Kassari_(Keina)_vallavalitsus, lk 73
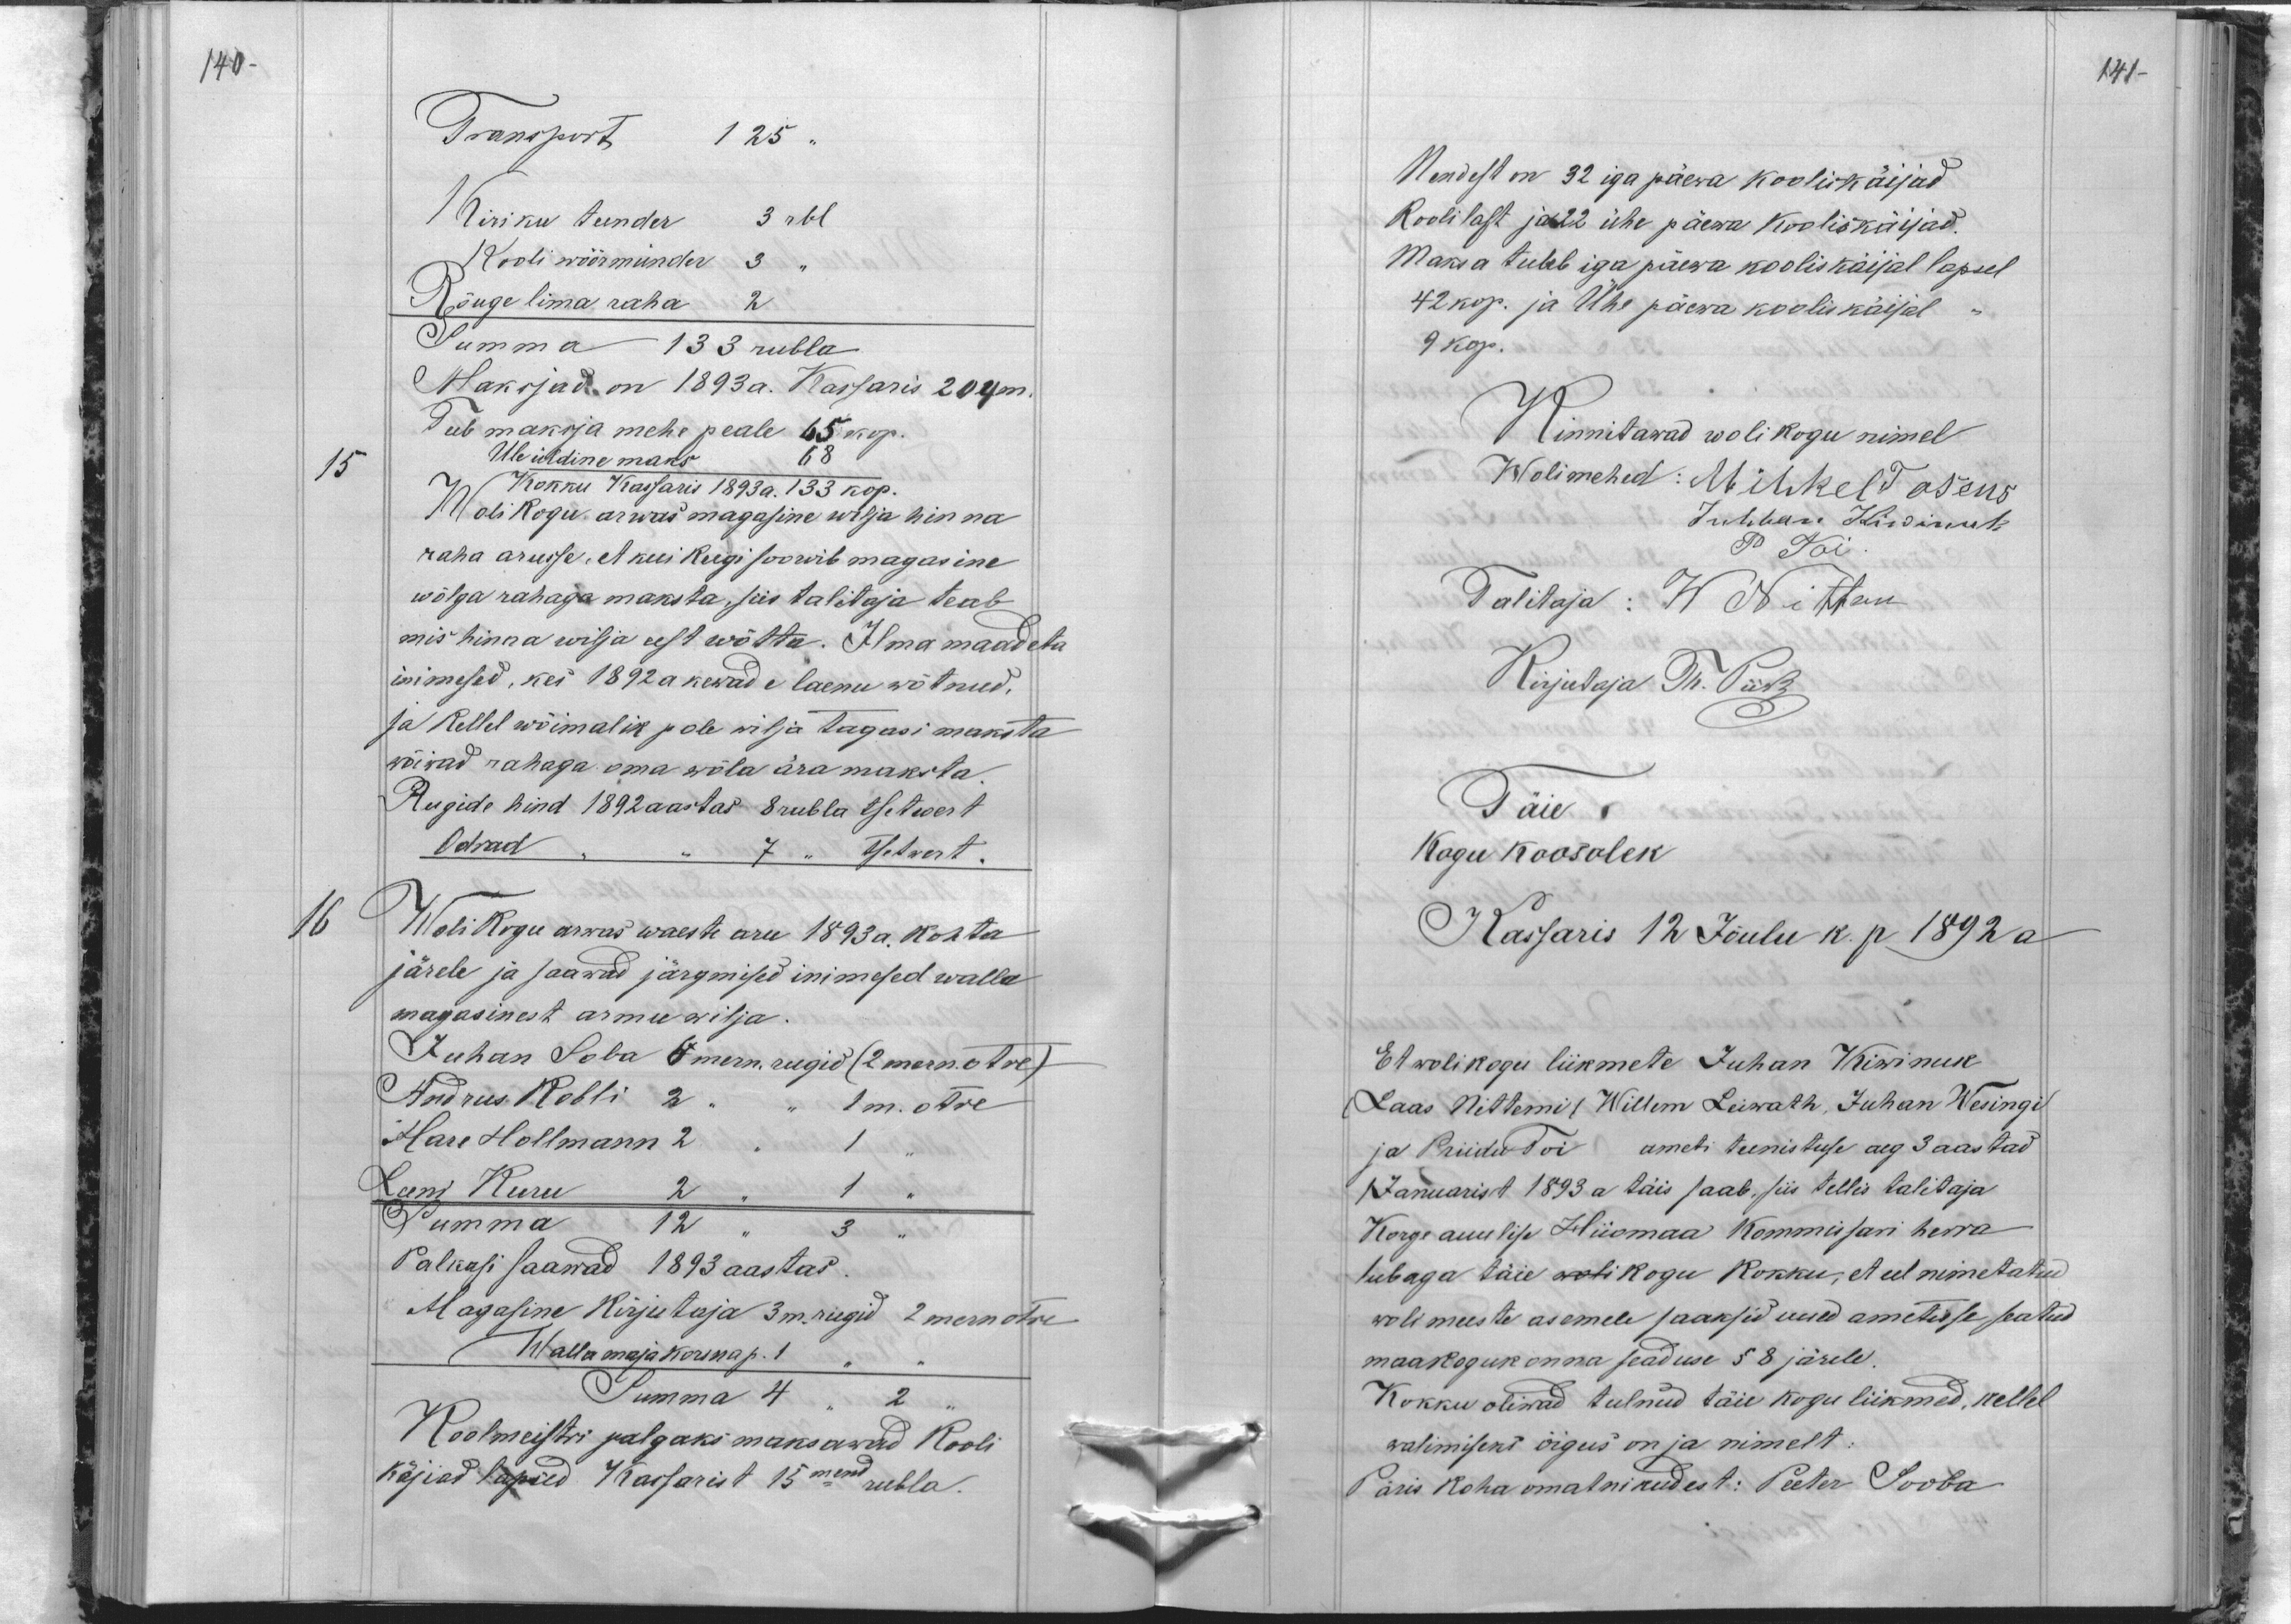
141-

140-
Transport 125 "
Kiriku teender 3 rbl
Kooli wöörmünder 3
Rõuge lima raha 2
Summa 133 rubla
Maksjad on 1893 a. Kassaris 204 m.
Teeb maksja mehe peale 65 kop.
15
Üle üldine maks 68
Kokku Kassaris 1893 a.133 kop.
Wolikogu arwas magasine wilja hinna
raha arusse, et kui keegi soowib magasine
wõlga rahaga maksta, siis talitaja teab
mis hinna wilja eest wõtta. Ilma maadeta
inimesed, kes 1892 a kewade laenu wõtnud,
ja kellel wõimalik pole wilja tagasi maksta
wõiwad rahaga oma wõla ära maksta,
Rugide hind 1892 aastas 8 rubla tsetwert
Odrad
7 " Tsetwert.
16
Wolikogu arwas waeste aru 1893 a. kohta
järele ja saawad järgmised inimesed walla
magasinest armu wilja
Juhan Soba 6 mern. rugid (2 mern. otre)
Andrus Kebli 2
1 m. otre
Mare Hollmann 2
1
Leeni Kuru 2
1
Summa 12
3
Palkasi saawad 1893 aastas.
Magasine kirjutaja 3 m. rugid 2 mern otre
Wallamaja korsna p. 1
Summa 4
2
Koolmeistri palgaks maksawad Kooli
käijad lapsed Kassarist 15mend rubla.

Nendest on 32 iga päewa kooliskäijad
koolilast ja 22 ühe päewa kooliskäijad.
Maksa tuleb iga päewa kooliskäijal lapsel
42 kop. ja Ühe päewa kooli käijal
9 kop.
Kinnitawad wolikogu nimel
Wolimehed: Mihkel Tosens
Juhhan Kiwinuk
P. Toi
Talitaja: W Nittem
Kirjutaja Th. Piik
Täie
Kogu koosolek
Kassaris 12 Jõulu k. p 1892 a
Et wolikogu liikmete Juhan Kiwinuk
Laas Nittemi / Willem Leiwath, Juhan Wesingi
ja Priidu Toi ameti teenistuse aeg 3 aastad
Januarist 1893 a täis saab, siis tellis talitaja
Kõrge auulise Hiiomaa Kommisari herra
lubaga täie wolikogu kokku, et eel nimetatud
woli meeste asemele saaksid uued ametisse seatud
maakogukonna seaduse 58 järele.
Kokku oliwad tulnud täie kogu liikmed, kellel
walimiseks õigus on ja nimelt:
Päris koha omatnikudest: Peeter Sooba